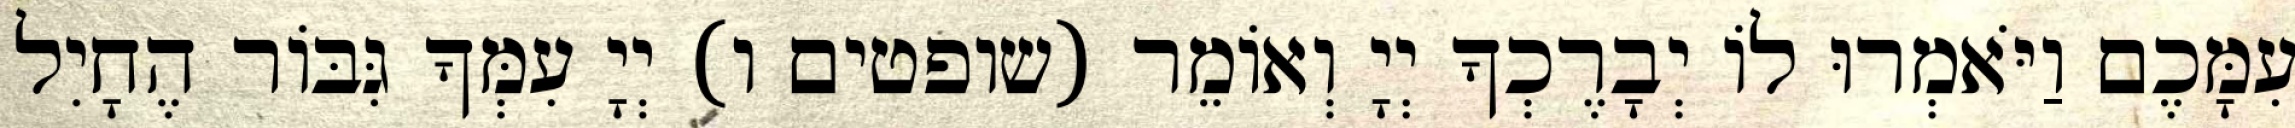
עִמָּכֶם וַיֹּאמְרוּ לוֹ יְבָרֶכְךָ יְיָ וְאוֹמֵר (שופטים ו) יְיָ עִמְּךָ גִּבּוֹר הֶחָיִל